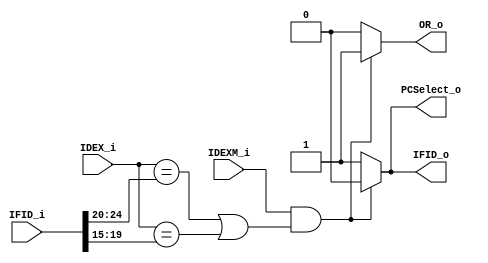
module HDU
(
    IDEXM_i,
    IFID_i,
    IDEX_i,
    PCSelect_o,
    IFID_o,
    OR_o
);

input	IDEXM_i; //IDEX MemRead
input	[31:0] IFID_i;
input	[4:0]	IDEX_i; //IDEX REgisterRd
output	IFID_o, PCSelect_o, OR_o;

reg		IFID_o, PCSelect_o, OR_o;
reg 	[4:0] IFID_rt,IFID_rs;


always @* begin 
	IFID_rs <= IFID_i[24:20]; //IFID Rs1
	IFID_rt <= IFID_i[19:15]; //IFID Rs2
	if((IDEXM_i & ((IDEX_i == IFID_rs) | (IDEX_i == IFID_rt)))) //stall
	begin
		PCSelect_o <= 1'b0;
		IFID_o <= 1'b0;
		OR_o <= 1'b1;
	end
	else //no stall
	begin 
		PCSelect_o <= 1'b1;
		IFID_o <= 1'b1;
		OR_o <= 1'b0;
	end

end

endmodule